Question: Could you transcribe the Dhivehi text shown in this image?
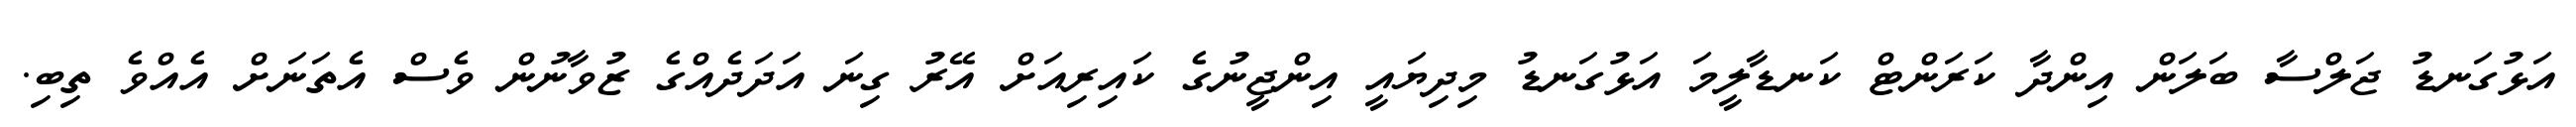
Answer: އަޅުގަނޑު ޖަލްސާ ބަލަން އިންދާ ކަރަންޓް ކަނޑާލީމަ އަޅުގަނޑު މިދިޔައީ އިންޖީނުގެ ކައިރިއަށް އޭރު ގިނަ އަދަދެއްގެ ޒުވާނުން ވެސް އެތަނަށް އެއްވެ ތިބި.